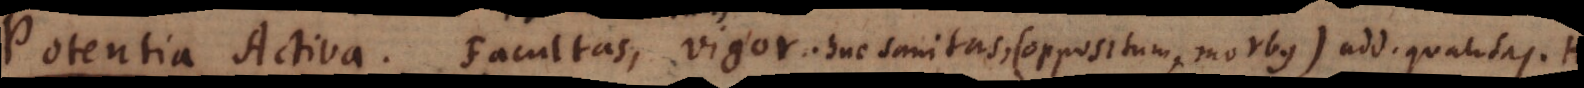
t i v a. Facultas, vigor. Huc sanitas, (oppositum, morbus)add. qualitas.